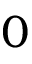
0